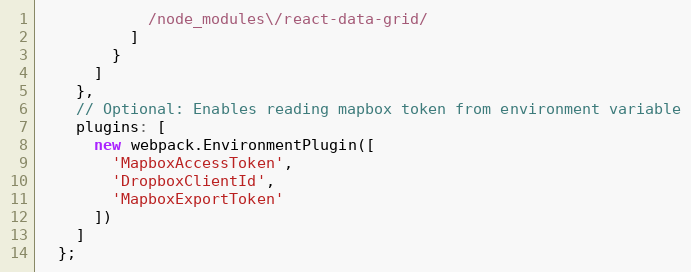
Language: JavaScript
            /node_modules\/react-data-grid/
          ]
        }
      ]
    },
    // Optional: Enables reading mapbox token from environment variable
    plugins: [
      new webpack.EnvironmentPlugin([
        'MapboxAccessToken',
        'DropboxClientId',
        'MapboxExportToken'
      ])
    ]
  };